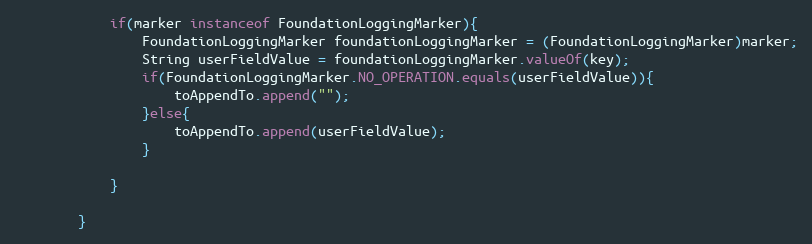
Language: Java
			if(marker instanceof FoundationLoggingMarker){
				FoundationLoggingMarker foundationLoggingMarker = (FoundationLoggingMarker)marker;
				String userFieldValue = foundationLoggingMarker.valueOf(key);
				if(FoundationLoggingMarker.NO_OPERATION.equals(userFieldValue)){
					toAppendTo.append("");
				}else{
					toAppendTo.append(userFieldValue);
				}

			}

		}